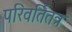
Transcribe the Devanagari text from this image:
परिवर्तितत्र